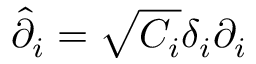
\hat { \partial } _ { i } = \sqrt { C _ { i } } \delta _ { i } \partial _ { i }